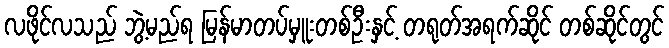
လဖိုင်လသည် ဘွဲ့မည်ရ မြန်မာတပ်မှူးတစ်ဦးနှင့် တရုတ်အရက်ဆိုင် တစ်ဆိုင်တွင်